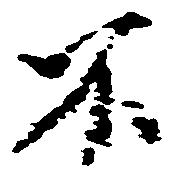
不